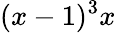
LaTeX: (x-1)^{3}x